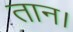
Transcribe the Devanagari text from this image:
तान।